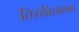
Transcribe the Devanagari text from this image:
तिरुविल्वलम